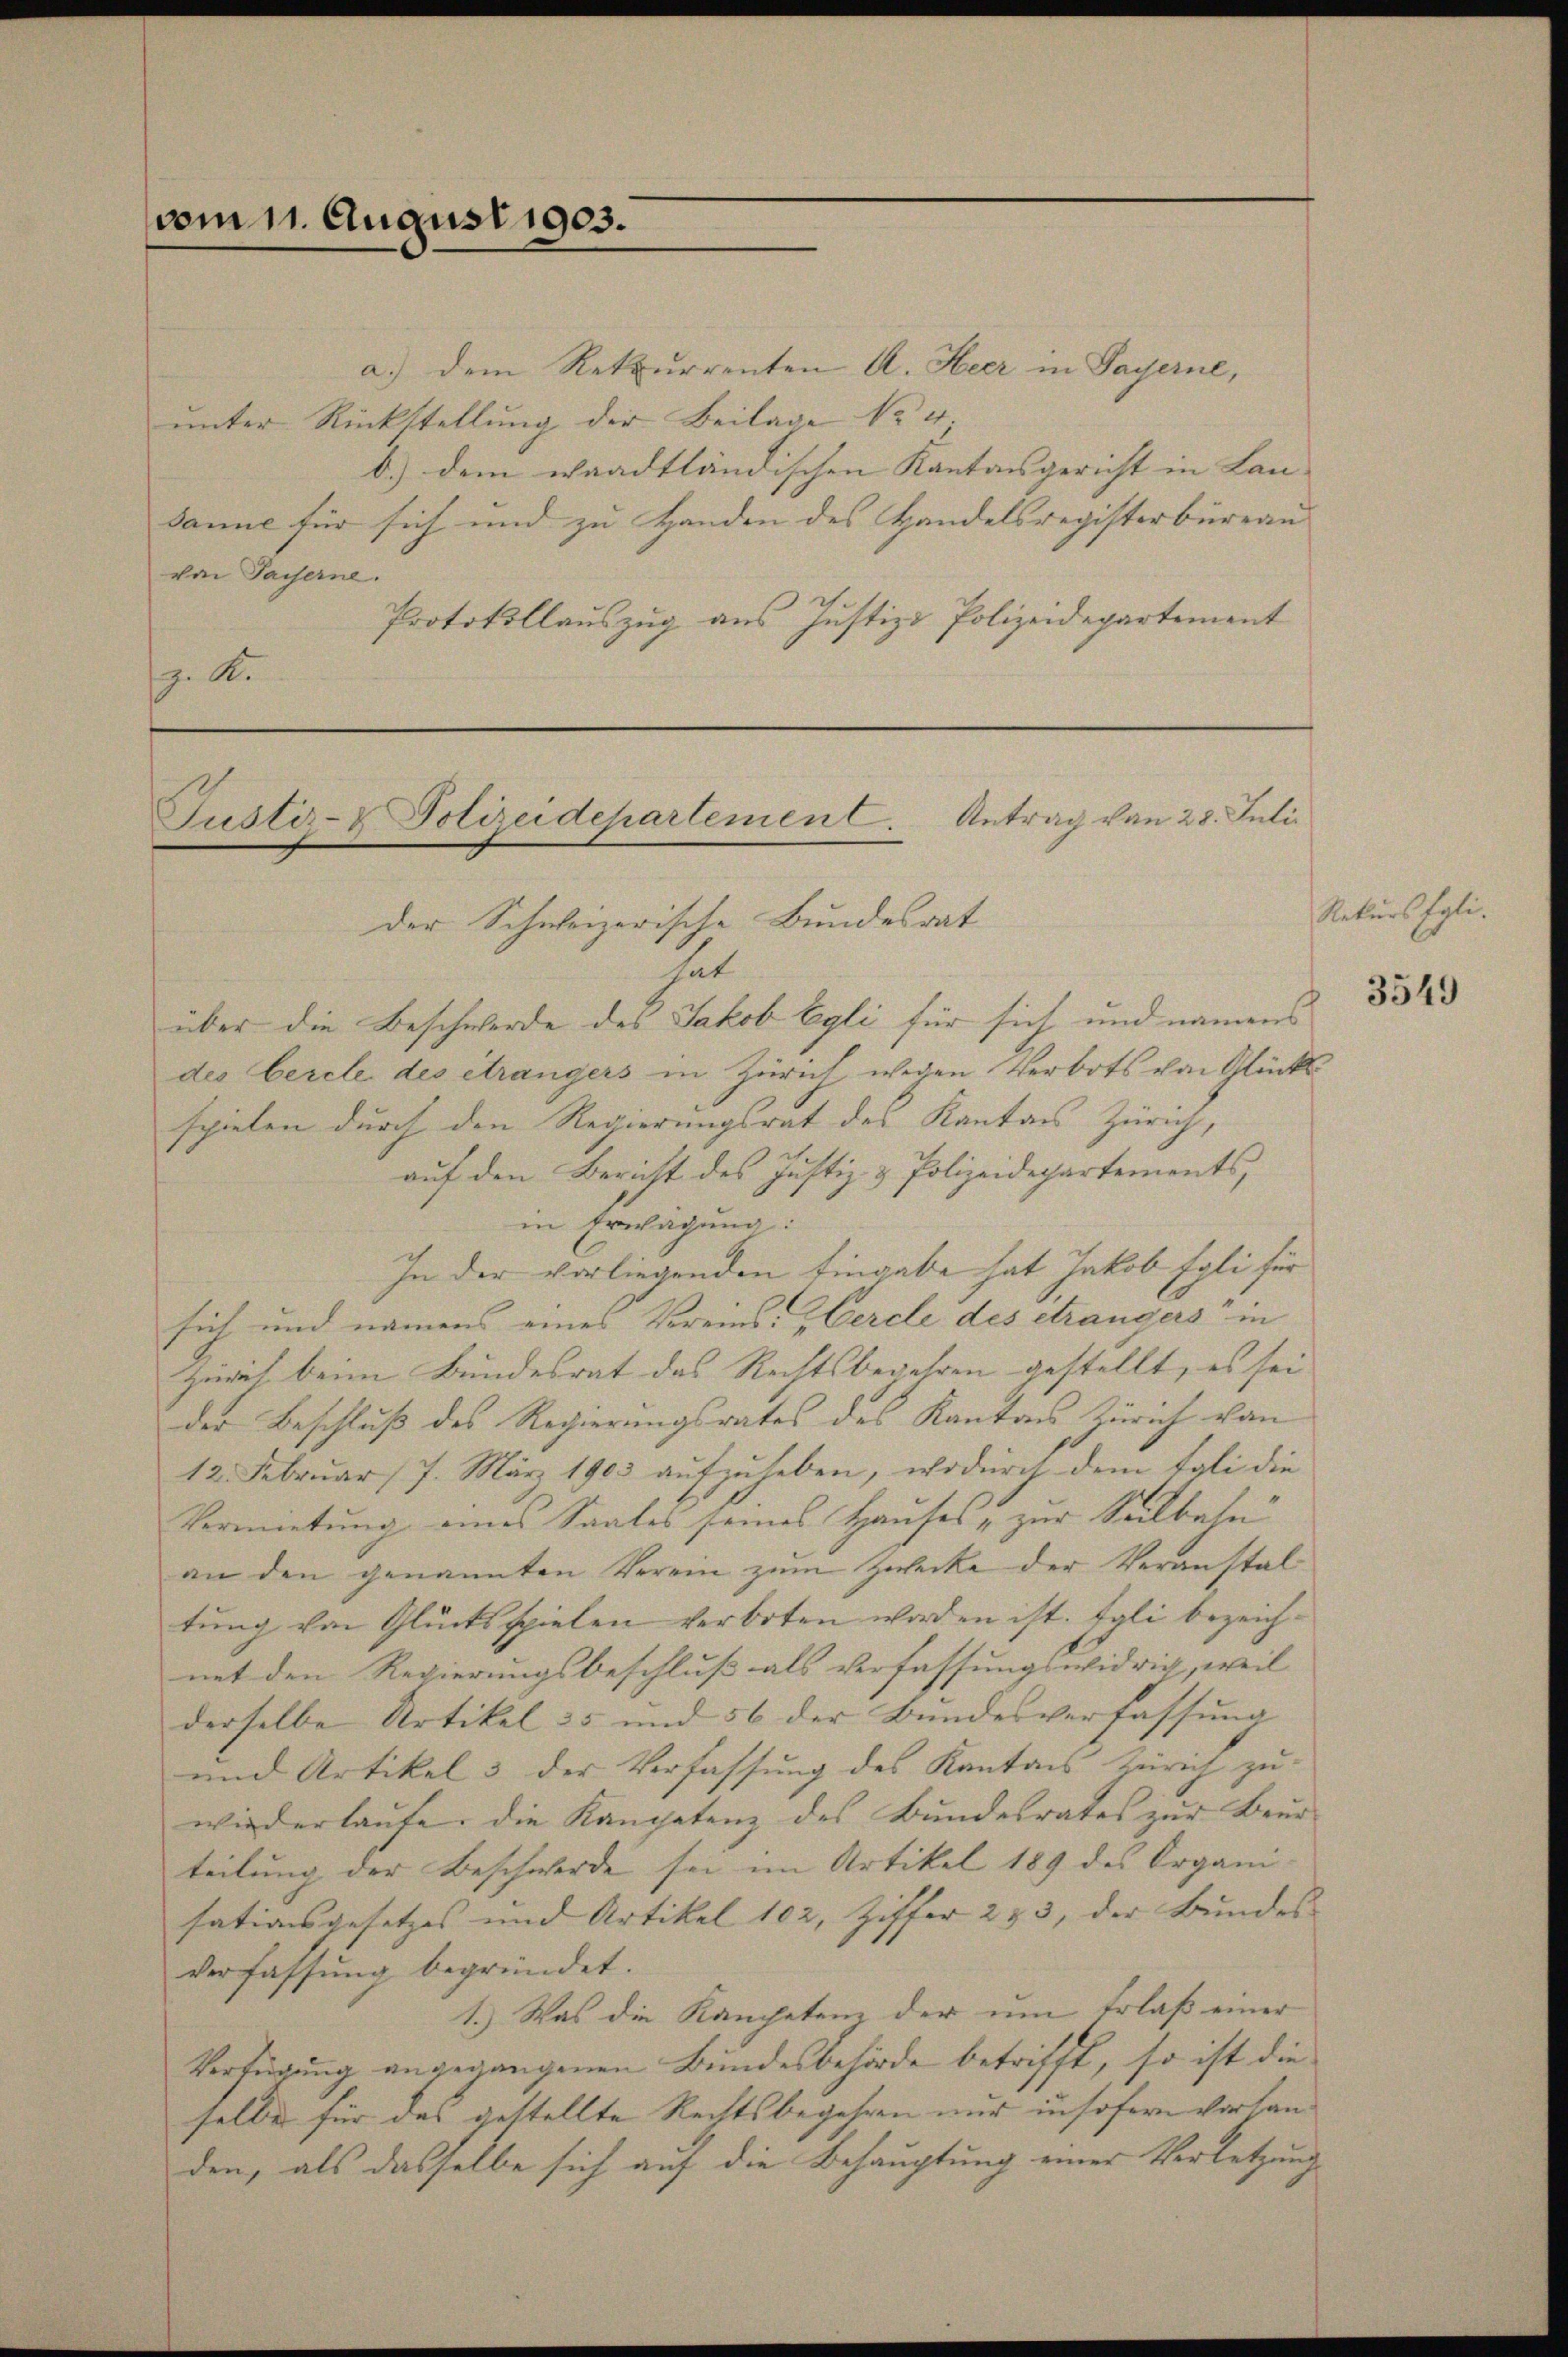
vom 11. August 1903.

a.) dem Rekurrenten A. Heer in Payerne,
ŭnter Rückstellŭng der Beilage No 4.
b.) dem waadtländischen Kantonsgericht in Lan- |
sanne für sich und zu Handen des Handelsregisterbüreau
von Payerne.
Protokollauszug aus Justiz- Polizeidepartement
. K.

Justiz- & Polizeidepartement. Antrag von 28. Juli
der Schweizerische Bundesrat

hat
über die Beschwerde des Jakob Egli für sich und namens
des Cercle des étrangers in Zürich wegen Verbots von Glückli
spielen durch den Regierungsrat des Kantons Zürich,
auf den Bericht des Justiz- & Polizeidepartements,
in Erwägung:
In der vorliegenden Eingabe hat Jakob Egli für
sich und namens eines Vereins- & Cercle des étrangers“ in
Zerit beim Bundesrat das Rechtsbegehren gestellt, es sei
der Beschluß des Regierungsrates des Kantons Zürich von
12. Februar 17. März 1903 aŭfzŭheben, wodurch dem tali die
Vermietung eines Saales seines Hauses „zur Seilbahn
an den genannten Verein zum Zwecke der Veranstaltung von Glücksspielen verboten worden ist. Egli bezeichnet den Regierungsbeschluß als Verfassungswidrig, weil
derselbe Artikel 25 und 56 der Bundesverfassung |
und Artikel 3 der Verfassung des Kantons Zürich zu-
wiederlaŭfe die Kampetenz des Bundesrates zŭr Beur-
teilung der Beschwerde sei im Artikel 189 des Organi-
sationsgesetzes und Artikel 102, Ziffer 253, der Bundes
Verfassung begründet.
1.) Was die Kampetenz der um Erlaß einer
Verfügung angegangenen Bundesbehörde betrifft, so ist die
selbe für das gestellte Rechtsbegehren nur insofern vorhanden, als dasselbe sich auf die Behauptung einer Verletzung

Rekurs Egli.

3549